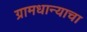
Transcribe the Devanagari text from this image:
ग्रामधान्याचा